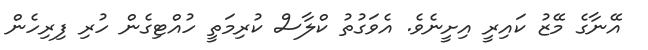
އޭނާގެ މޭޒު ކައިރީ އިށީނެވެ. އެވަގުތު ކްލާސް ކުރިމަތީ ހުއްޓިގެން ހުރި ފިރިހެން